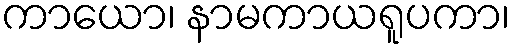
ကာယော၊ နာမကာယရူပကာ၊